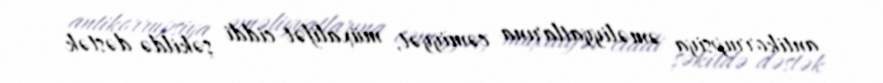
antikorrupsiya əməliyyatlarına cəmiyyət, müxalifət ciddi şəkildə dəstək